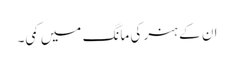
ان کے ہنر کی مانگ میں کمی۔